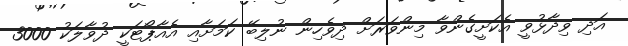
އަދި ވިދާޅުވީ އެކަށީގެންވާ މިންވަރަށް ދިވެހިން ނުލިބޭ ކަމަށާއި އެއާޕޯޓަކީ ދުވާލަކު 3000